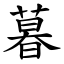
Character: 暮